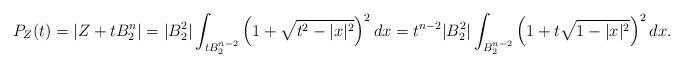
LaTeX: \begin{align*}P_Z(t)=|Z+tB_2^n|= |B_2^2|\int_{tB_2^{n-2}}\left(1+\sqrt{t^2-|x|^2}\right)^{2}dx=t^{n-2} |B_2^{2}|\int_{B_2^{n-2}}\left(1+t\sqrt{1-|x|^2}\right)^{2}dx.\end{align*}